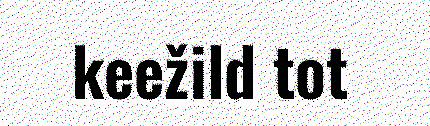
keežild tot